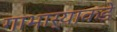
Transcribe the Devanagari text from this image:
गाभार्‍याकडे